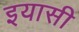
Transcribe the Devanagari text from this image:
इयासी